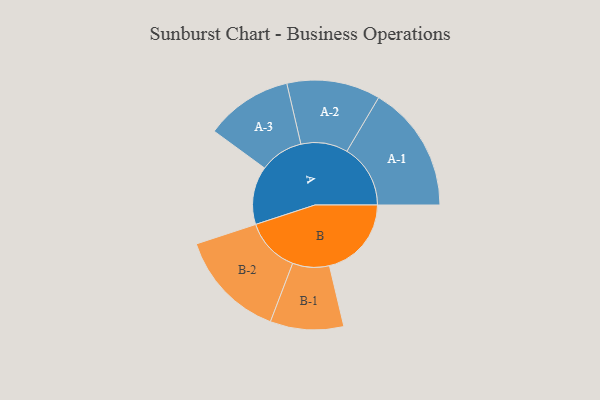
{"axis": {"x": "Segment", "y": "Value"}, "legend": ["", "A", "B"], "data": [{"x": "A", "y": 271, "type": ""}, {"x": "B", "y": 382, "type": ""}, {"x": "A-1", "y": 296, "type": "A"}, {"x": "A-2", "y": 218, "type": "A"}, {"x": "A-3", "y": 203, "type": "A"}, {"x": "B-1", "y": 171, "type": "B"}, {"x": "B-2", "y": 254, "type": "B"}]}